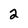
Character: 2